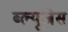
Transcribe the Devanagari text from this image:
ब्ल्यूजेस